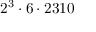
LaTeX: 2 ^ { 3 } \cdot 6 \cdot 2 3 1 0